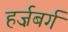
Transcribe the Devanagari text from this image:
हर्ज़बर्ग